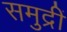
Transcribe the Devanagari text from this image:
समुद्रीं